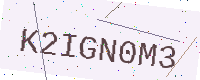
Text: K2IGN0M3